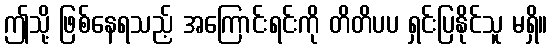
ဤသို့ ဖြစ်နေရသည့် အကြောင်းရင်းကို တိတိပပ ရှင်းပြနိုင်သူ မရှိ။